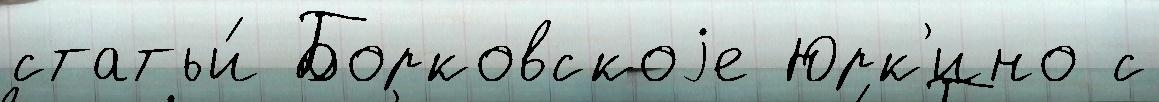
статьи́ Борковскоjе Юрк'ино с